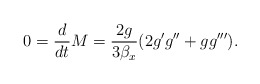
\begin{align*}0 = \dfrac{d}{dt} M = \dfrac{2 g}{3 \beta_x} (2 g' g '' + g g''').\end{align*}